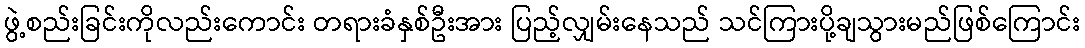
ဖွဲ့စည်းခြင်းကိုလည်းကောင်း တရားခံနှစ်ဦးအား ပြည့်လျှမ်းနေသည် သင်ကြားပို့ချသွားမည်ဖြစ်ကြောင်း